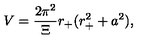
V = \frac { 2 \pi ^ { 2 } } { \Xi } r _ { + } ( r _ { + } ^ { 2 } + a ^ { 2 } ) ,